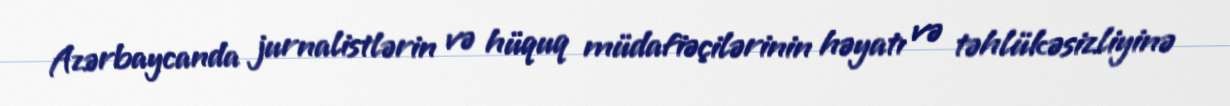
Azərbaycanda jurnalistlərin və hüquq müdafiəçilərinin həyatı və təhlükəsizliyinə